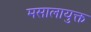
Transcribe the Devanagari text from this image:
मसालायुक्त